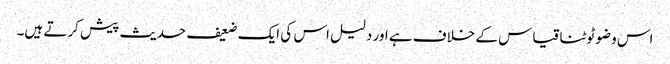
اس وضو ٹوٹنا قیاس کے خلاف ہے اور دلیل اس کی ایک ضعیف حدیث پیش کرتے ہیں۔